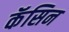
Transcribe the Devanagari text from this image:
कॅसिन